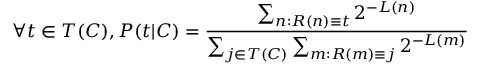
\forall t \in T ( C ) , P ( t | C ) = { \frac { \sum _ { n : R ( n ) \equiv t } 2 ^ { - L ( n ) } } { \sum _ { j \in T ( C ) } \sum _ { m : R ( m ) \equiv j } 2 ^ { - L ( m ) } } }